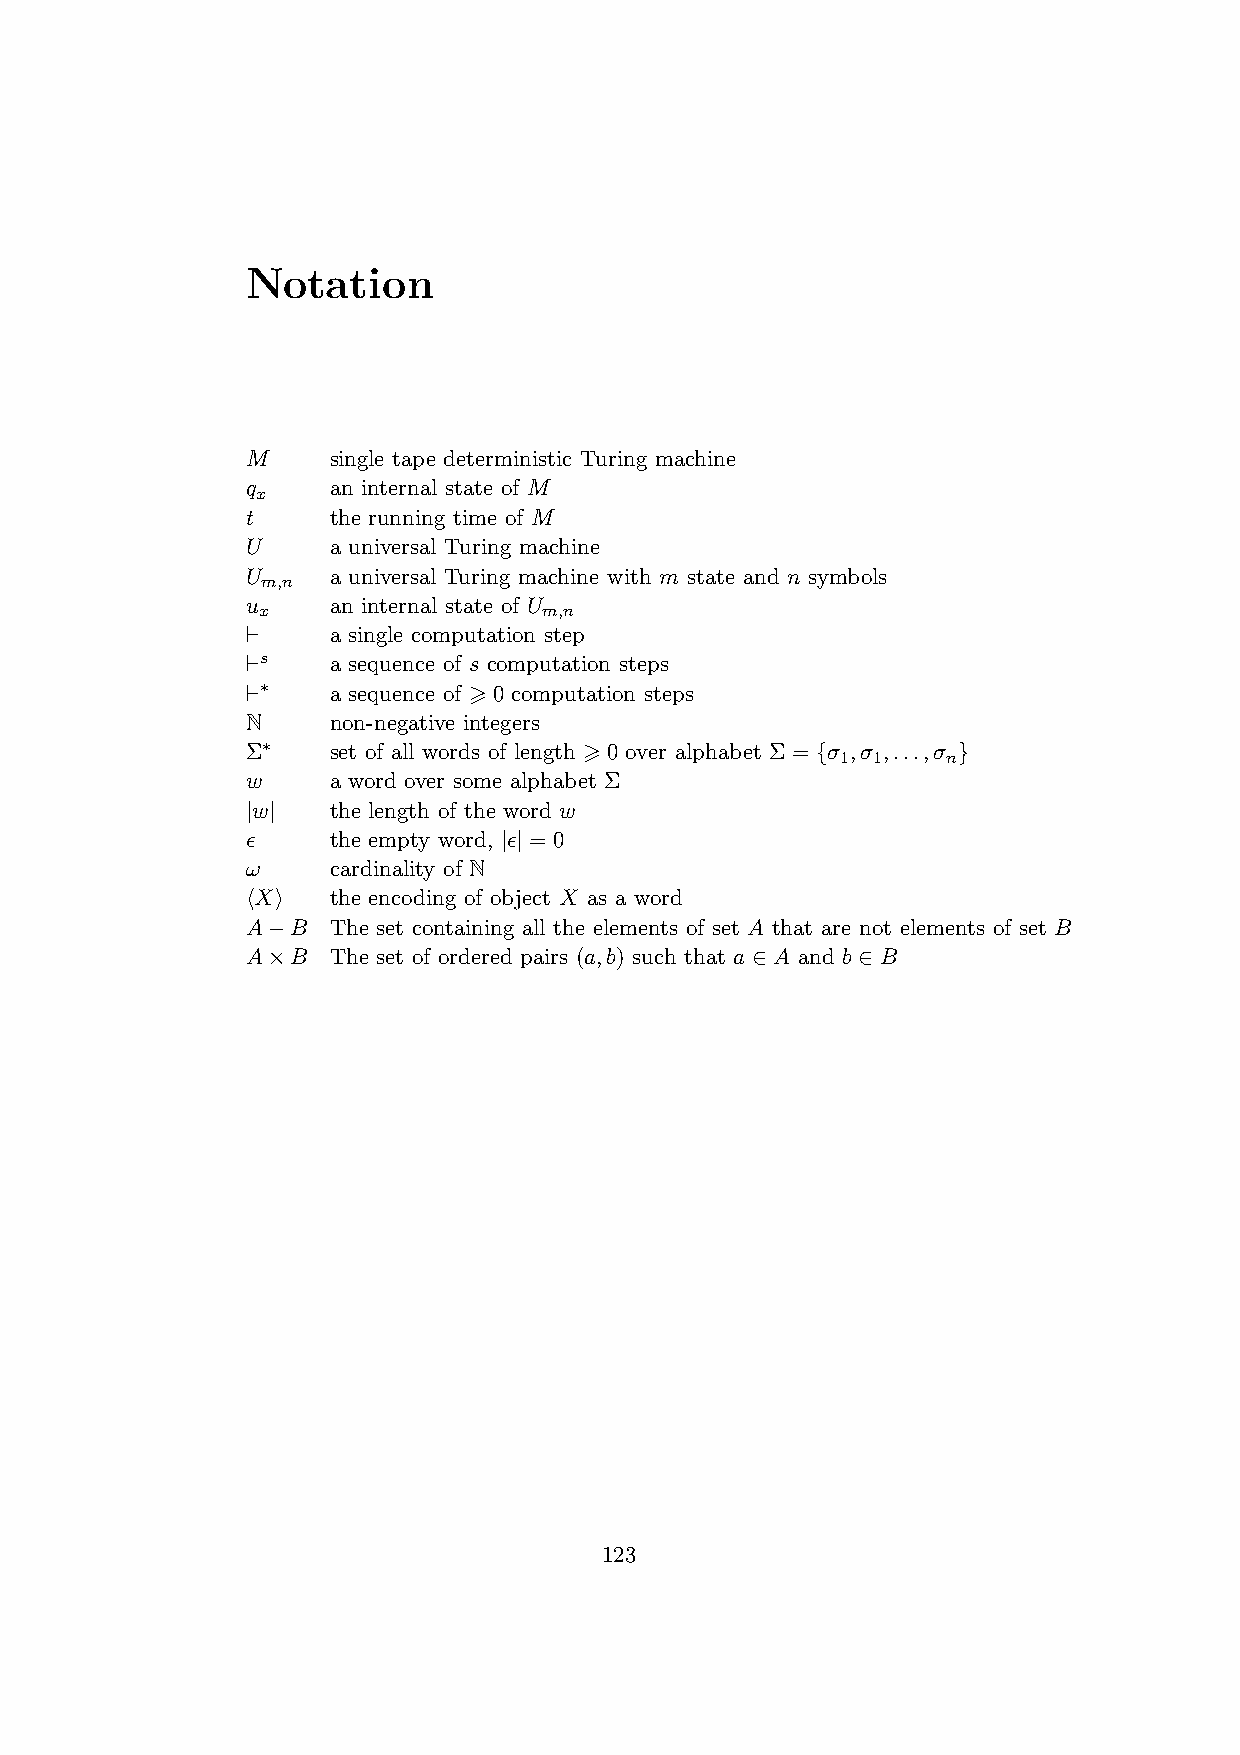
Notation
 M     single tape deterministic Turing machine
 q     an internal state of M
 x
 t     the running time of M
 U     a universal Turing machine
 U     a universal Turing machine with m state and n symbols
 m,n
 u     an internal state of U
 x                  m,n
 ⊢     a single computation step
 ⊢s    a sequence of s computation steps
 ⊢∗    a sequence of > 0 computation steps
 N     non-negative integers
 Σ∗    set of all words of length > 0 over alphabet Σ = {σ ,σ ,...,σ }
 1 1    n
 w     a word over some alphabet Σ
 |w|   the length of the word w
 ǫ     the empty word, |ǫ| = 0
 ω     cardinality of N
 hXi   the encoding of object X as a word
 A−B   The set containing all the elements of set A that are not elements of set B
 A×B   The set of ordered pairs (a,b) such that a ∈A and b ∈ B
 123